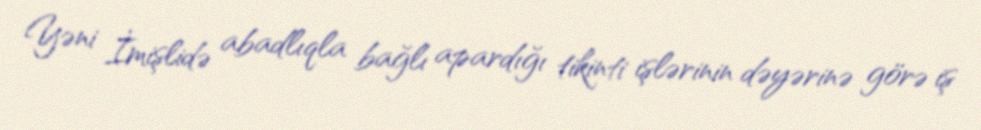
Yəni İmişlidə abadlıqla bağlı apardığı tikinti işlərinin dəyərinə görə iş